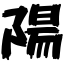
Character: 陽